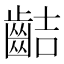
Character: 𪗾